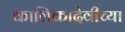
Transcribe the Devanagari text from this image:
कालिकादेवीच्या